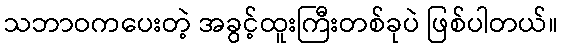
သဘာဝကပေးတဲ့ အခွင့်ထူးကြီးတစ်ခုပဲ ဖြစ်ပါတယ်။